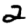
Digit: 2